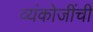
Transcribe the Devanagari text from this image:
व्यंकोजींची